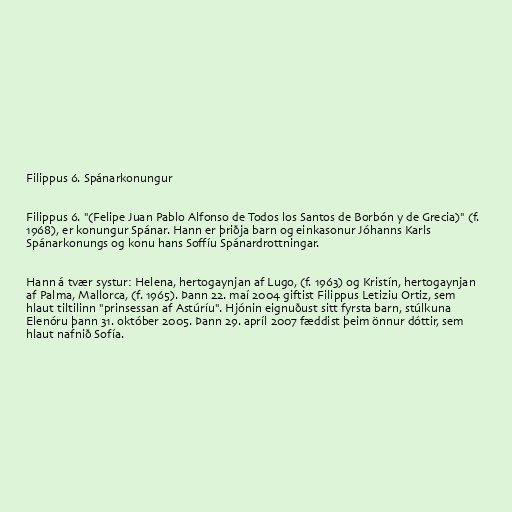
Filippus 6. Spánarkonungur

Filippus 6. "(Felipe Juan Pablo Alfonso de Todos los Santos de Borbón y de Grecia)" (f.
1968), er konungur Spánar. Hann er þriðja barn og einkasonur Jóhanns Karls
Spánarkonungs og konu hans Soffíu Spánardrottningar.

Hann á tvær systur: Helena, hertogaynjan af Lugo, (f. 1963) og Kristín, hertogaynjan
af Palma, Mallorca, (f. 1965). Þann 22. maí 2004 giftist Filippus Letiziu Ortiz, sem
hlaut tiltilinn "prinsessan af Astúríu". Hjónin eignuðust sitt fyrsta barn, stúlkuna
Elenóru þann 31. október 2005. Þann 29. apríl 2007 fæddist þeim önnur dóttir, sem
hlaut nafnið Sofía.